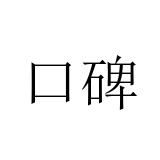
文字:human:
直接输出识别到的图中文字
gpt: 口碑